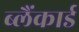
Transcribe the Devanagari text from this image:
ब्लैंकार्ड